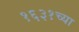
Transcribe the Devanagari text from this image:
१६३१च्या